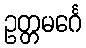
ဥတ္တမင်္ဂေ